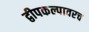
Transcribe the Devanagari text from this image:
द्वीपकल्पावरच